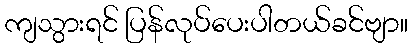
ကျသွားရင် ပြန်လုပ်ပေးပါတယ်ခင်ဗျာ။